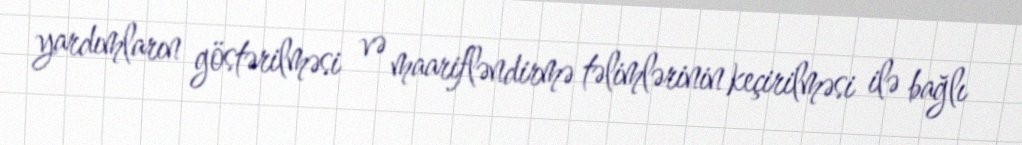
yardımların göstərilməsi və maarifləndirmə təlimlərinin keçirilməsi ilə bağlı